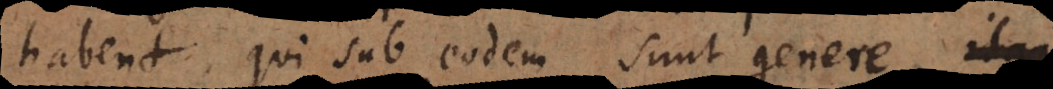
habent, qui sub eodem sunt genere,